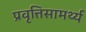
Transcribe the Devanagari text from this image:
प्रवृत्तिसामर्थ्य